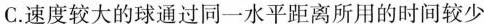
C.速度较大的球通过同一水平距离所用的时间较少